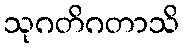
သုဂတိဂတာသိ